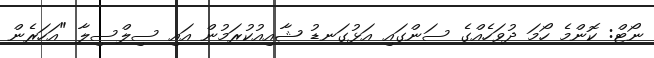
ނޯޓް: ކޮންމެ ހޯމަ ދުވަހެއްގެ ސަންގައި އަޅުގަނޑު ޝާއިއުކުރަމުން އައި ސިލްސިލާ "އަހަރެން